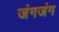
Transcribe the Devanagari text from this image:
जंगजंग